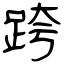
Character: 跨